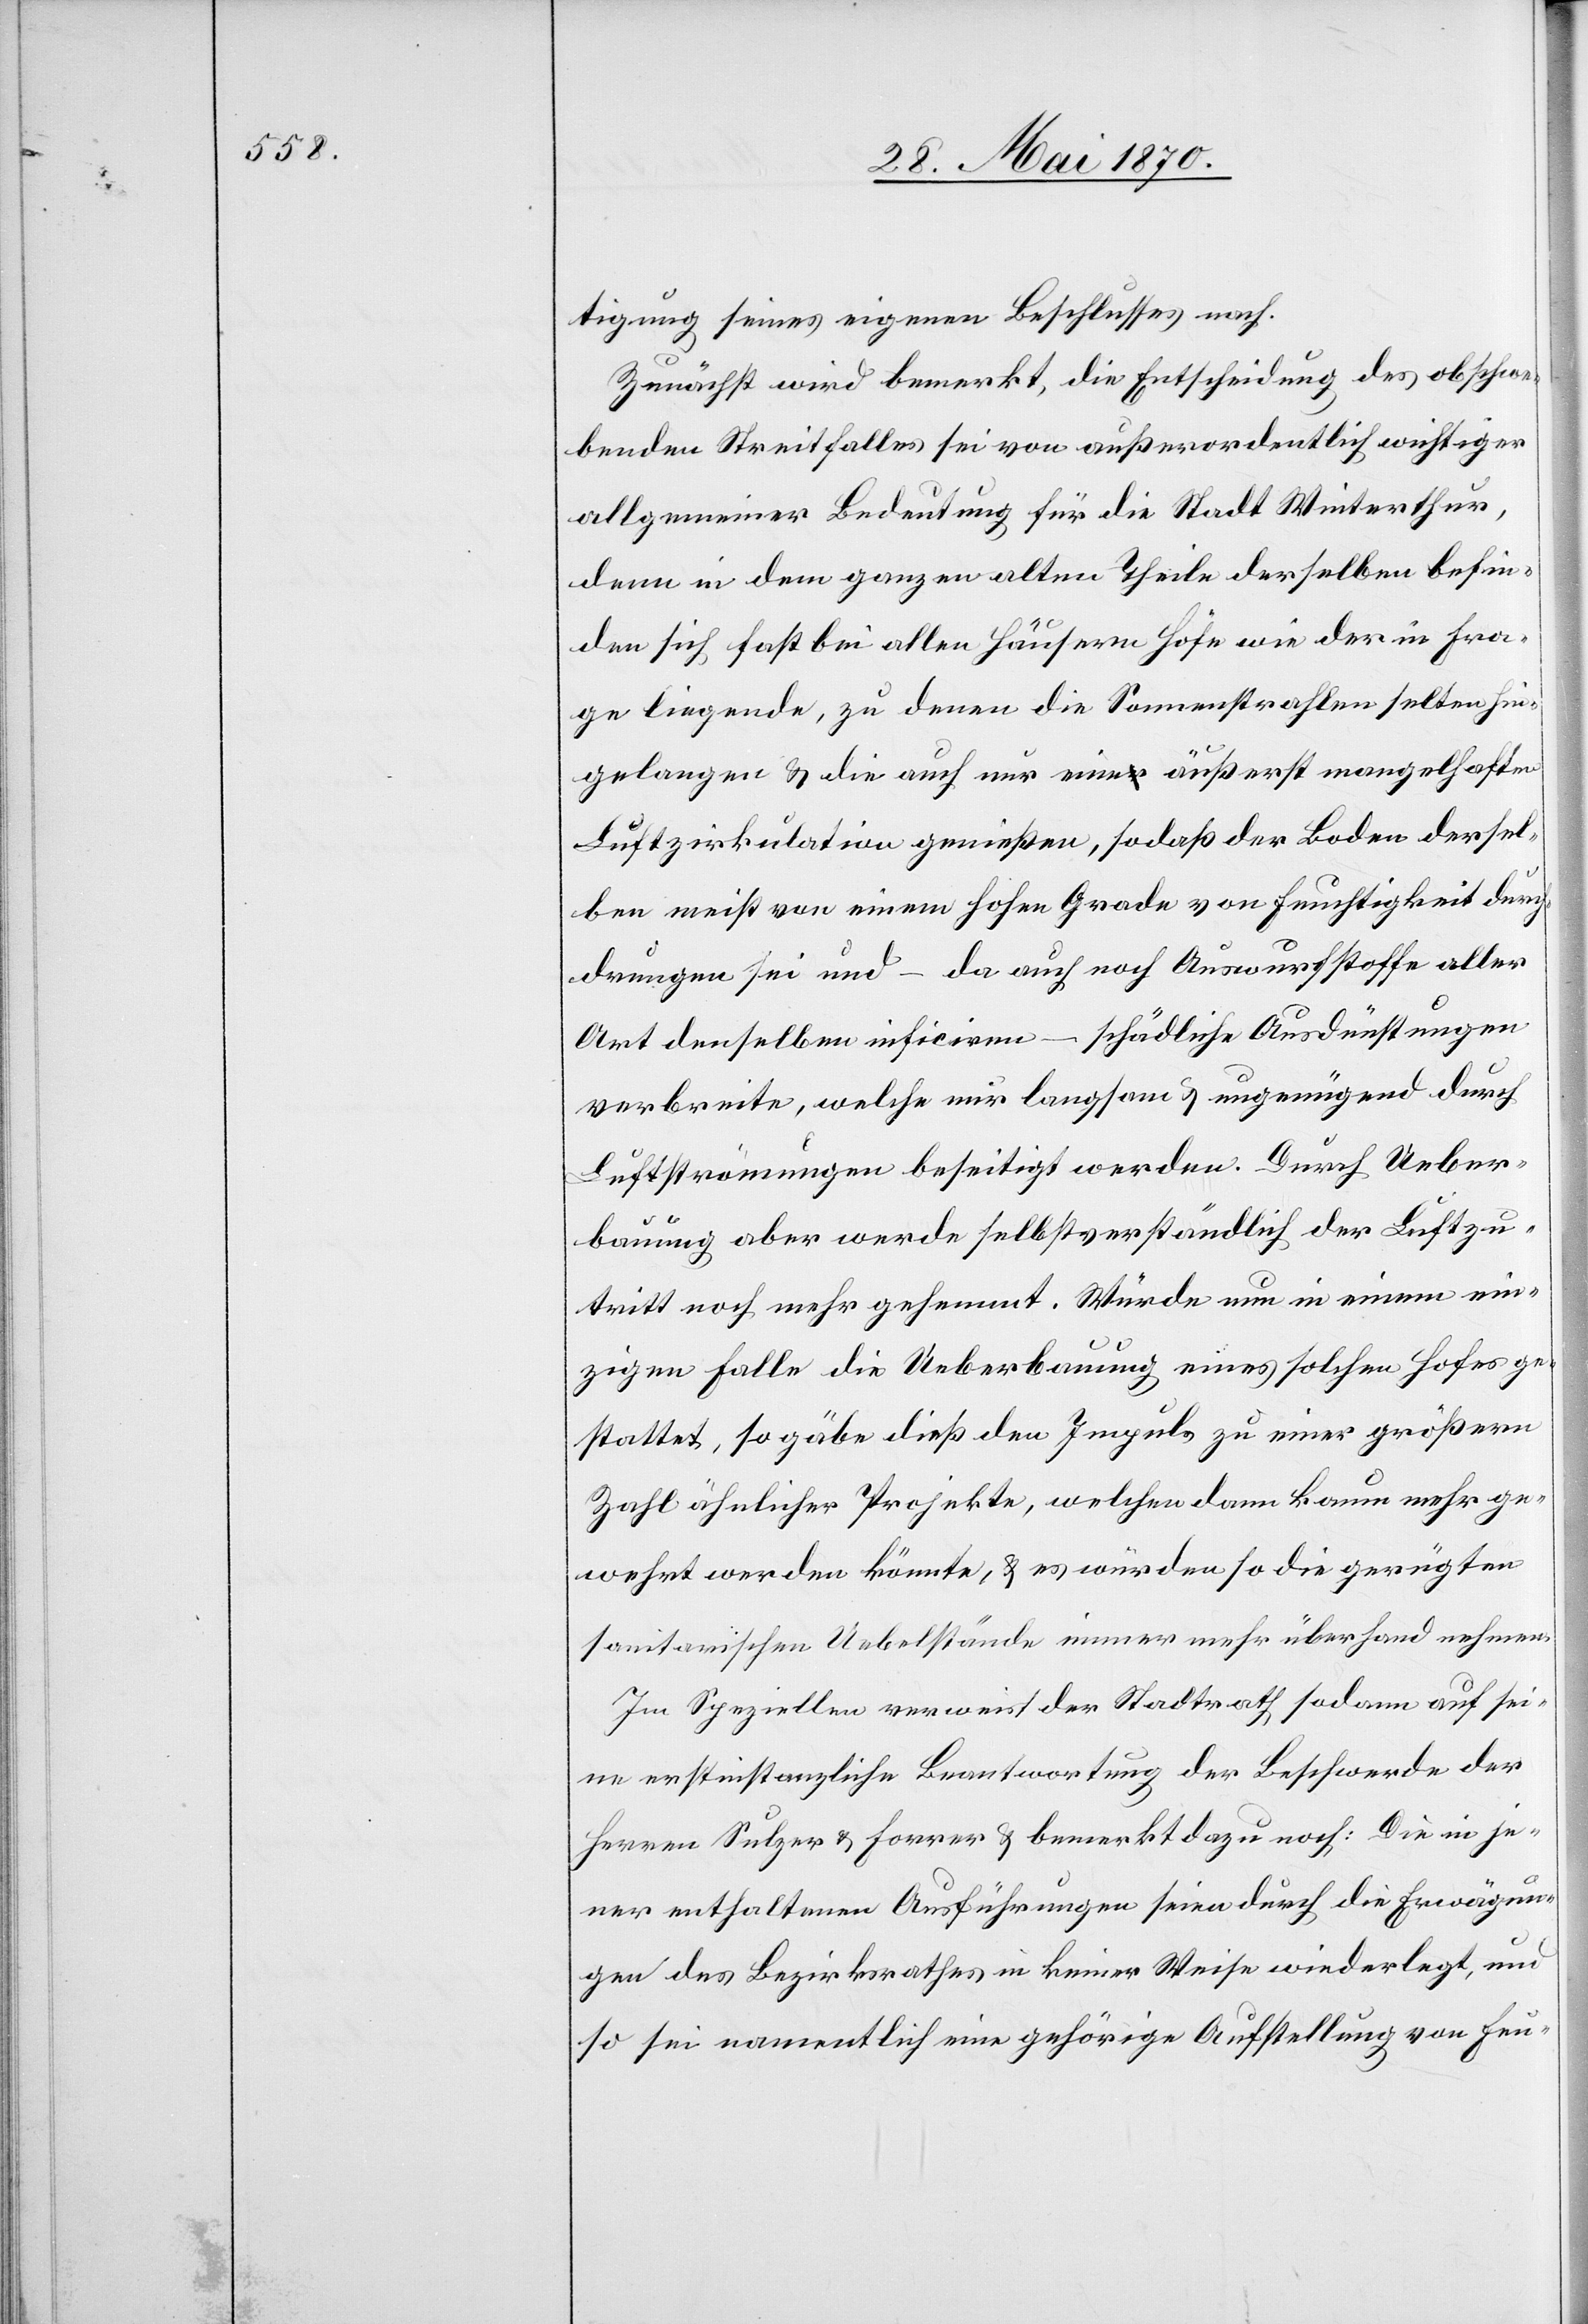
tigung seines eigenen Beschlusses nach.
Zunächst wird bemerkt, die Entscheidung des obschwe¬
benden Streitfalles sei von außerordentlich wichtiger
allgemeiner Bedeutung für die Stadt Winterthur,
denn in dem ganzen alten Theile derselben befin¬
den sich fast bei allen Häusern Höfe wie der in Fra¬
ge liegende, zu denen die Sonnenstrahlen selten hin¬
gelangen & die auch nur eine äußerst mangelhafte
Luftzirkulation genießen, sodaß der Boden dersel¬
ben meist von einem hohen Grade von Feuchtigkeit durch¬
drungen sei und – da auch noch Auswurfstoffe aller
Art denselben inficiren – schädliche Ausdünstungen
verbreite, welche nur langsam & ungenügend durch
Luftströmungen beseitigt werden. Durch Ueber¬
bauung aber werde selbstverständlich der Luftzu¬
tritt noch mehr gehemmt. Würde nun in einem ein¬
zigen Falle die Ueberbauung eines solchen Hofes ge¬
stattet, so gäbe dieß den Impuls zu einer größern
Zahl ähnlicher Projekte, welchen dann kaum mehr ge¬
wehrt werden könnte, & es würden so die gerügten
sanitärischen Uebelstände immer mehr überhand nehmen.
Im Speziellen verweist der Stadtrath sodann auf sei¬
ne erstinstanzliche Beantwortung der Beschwerde der
Herren Sulzer & Forrer & bemerkt dazu noch: Die in je¬
ner enthaltenen Ausführungen seien durch die Erwägun¬
gen des Bezirksrathes in keiner Weise wiederlegt, und
so sei namentlich eine gehörige Aufstellung von Feu-